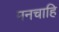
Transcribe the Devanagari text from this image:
मनचाहि